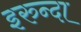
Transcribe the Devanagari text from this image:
इरुन्दा